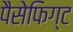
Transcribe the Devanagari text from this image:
पैसेफिग्ट